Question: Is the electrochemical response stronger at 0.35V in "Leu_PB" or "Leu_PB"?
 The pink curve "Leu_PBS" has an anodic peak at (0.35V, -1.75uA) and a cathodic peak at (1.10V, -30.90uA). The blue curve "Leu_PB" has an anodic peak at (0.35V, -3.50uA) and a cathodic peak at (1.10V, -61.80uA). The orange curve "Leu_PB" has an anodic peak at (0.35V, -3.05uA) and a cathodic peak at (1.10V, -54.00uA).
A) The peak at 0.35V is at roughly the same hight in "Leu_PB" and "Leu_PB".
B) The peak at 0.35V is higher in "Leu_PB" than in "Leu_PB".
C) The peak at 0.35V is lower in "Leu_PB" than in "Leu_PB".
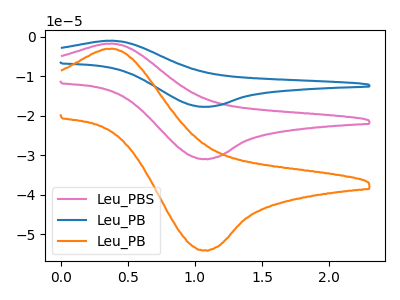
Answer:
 <answer>B) The peak at 0.35V is higher in "Leu_PB" than in "Leu_PB".</answer>
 <eval>B</eval>